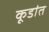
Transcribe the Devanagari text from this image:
कूडांत